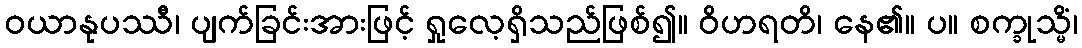
ဝယာနုပဿီ၊ ပျက်ခြင်းအားဖြင့် ရှုလေ့ရှိသည်ဖြစ်၍။ ဝိဟရတိ၊ နေ၏။ ပ။ စက္ခုသ္မိံ၊